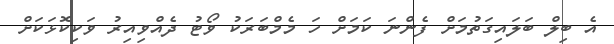
އެ ބިލް ބަލައިގަތުމަށް ފެންނަ ކަމަށް ހަ މެމްބަރަކު ވޯޓު ދެއްވިއިރު ވަކިކޮޅަކަށް